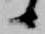
候